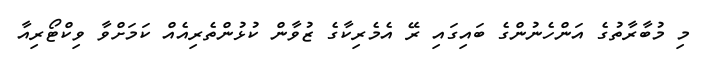
މި މުބާރާތުގެ އަންހެނުންގެ ބައިގައި ރޭ އެމެރިކާގެ ޒުވާން ކުޅުންތެރިއެއް ކަމަށްވާ ވިކްޓޯރިއާ